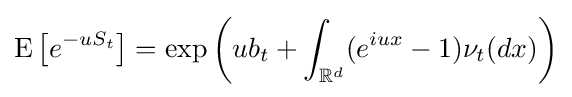
\operatorname {E} \left[e^{-uS_{t}}\right]=\exp \left(ub_{t}+\int _{\mathbb {R} ^{d}}(e^{iux}-1)\nu _{t}(dx)\right)